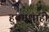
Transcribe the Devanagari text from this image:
हुक्मशाही